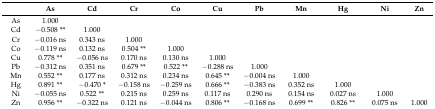
|  | As | Cd | Cr | Co | Cu | Pb | Mn | Hg | Ni | Zn |
 | --- | --- | --- | --- | --- | --- | --- | --- | --- | --- | --- |
 | As | 1.000 |  |  |  |  |  |  |  |  |  |
 | Cd | −0.508 ** | 1.000 |  |  |  |  |  |  |  |  |
 | Cr | −0.016 ns | 0.343 ns | 1.000 |  |  |  |  |  |  |  |
 | Co | −0.119 ns | 0.132 ns | 0.504 ** | 1.000 |  |  |  |  |  |  |
 | Cu | 0.778 ** | −0.056 ns | 0.170 ns | 0.130 ns | 1.000 |  |  |  |  |  |
 | Pb | −0.312 ns | 0.351 ns | 0.679 ** | 0.522 ** | −0.288 ns | 1.000 |  |  |  |  |
 | Mn | 0.552 ** | 0.177 ns | 0.312 ns | 0.234 ns | 0.645 ** | −0.004 ns | 1.000 |  |  |  |
 | Hg | 0.891 ** | −0.470 * | −0.158 ns | −0.259 ns | 0.666 ** | −0.383 ns | 0.352 ns | 1.000 |  |  |
 | Ni | −0.055 ns | 0.522 ** | 0.215 ns | 0.259 ns | 0.117 ns | 0.290 ns | 0.154 ns | 0.027 ns | 1.000 |  |
 | Zn | 0.956 ** | −0.322 ns | 0.121 ns | −0.044 ns | 0.806 ** | −0.168 ns | 0.699 ** | 0.826 ** | 0.075 ns | 1.000 |